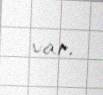
var.